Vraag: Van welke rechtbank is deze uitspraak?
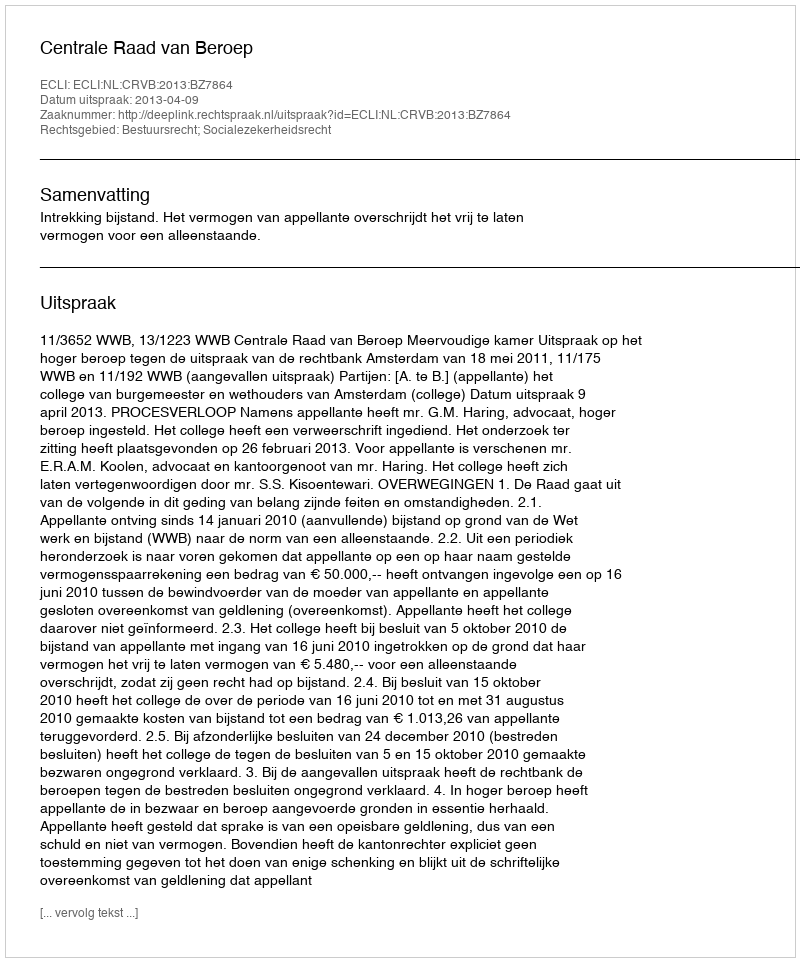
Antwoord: Centrale Raad van Beroep